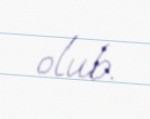
olub.